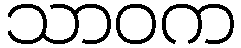
သာဝက